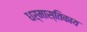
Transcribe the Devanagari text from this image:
धर्मास्तिकाय